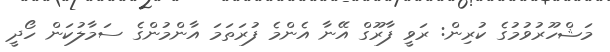
މަޝްހޫރުވުމުގެ ކުރިން: ރަވީ ފާރޫގް އޭނާ އެންމެ ފުރަތަމަ އާންމުންގެ ސަމާލުކަން ހޯދީ